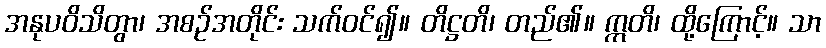
အနုပဝိသိတွာ၊ အစဉ်အတိုင်း သက်ဝင်၍။ တိဋ္ဌတိ၊ တည်၏။ ဣတိ၊ ထို့ကြောင့်။ သာ